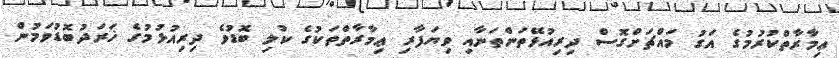
ޢިމާރާތްކުރުމުގެ އަގު މައްޗަށްގޮސް ދިރިއުޅޭތަންތަނާއި ވިޔަފާރި ޢިމާރާތްތަކުގެ ކުލި ބޮޑުވެ ދިރިއުޅުމުގެ ޚަރަދުބޮޑުވަމުން